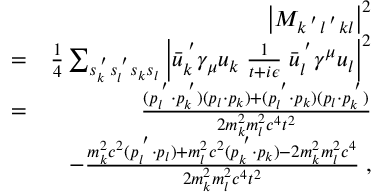
\begin{array} { r l r } & { } & { \left| M _ { k ^ { \; ^ { \prime } } l ^ { \; ^ { \prime } } k l } \right| ^ { 2 } } \\ & { = } & { \frac { 1 } { 4 } \sum _ { s _ { k } ^ { \; ^ { \prime } } s _ { l } ^ { \; ^ { \prime } } s _ { k } s _ { l } } \left| \bar { u } _ { k } ^ { \; ^ { \prime } } \gamma _ { \mu } u _ { k } \; \frac { 1 } { t + i \epsilon } \; \bar { u } _ { l } ^ { \; ^ { \prime } } \gamma ^ { \mu } u _ { l } \right| ^ { 2 } } \\ & { = } & { \frac { ( p _ { l } ^ { \; ^ { \prime } } \cdot p _ { k } ^ { \; ^ { \prime } } ) ( p _ { l } \cdot p _ { k } ) + ( p _ { l } ^ { \; ^ { \prime } } \cdot p _ { k } ) ( p _ { l } \cdot p _ { k } ^ { \; ^ { \prime } } ) } { 2 m _ { k } ^ { 2 } m _ { l } ^ { 2 } c ^ { 4 } t ^ { 2 } } } \\ & { } & { - \frac { m _ { k } ^ { 2 } c ^ { 2 } ( p _ { l } ^ { \; ^ { \prime } } \cdot p _ { l } ) + m _ { l } ^ { 2 } c ^ { 2 } ( p _ { k } ^ { \; ^ { \prime } } \cdot p _ { k } ) - 2 m _ { k } ^ { 2 } m _ { l } ^ { 2 } c ^ { 4 } } { 2 m _ { k } ^ { 2 } m _ { l } ^ { 2 } c ^ { 4 } t ^ { 2 } } \; , } \end{array}